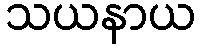
သယနာယ